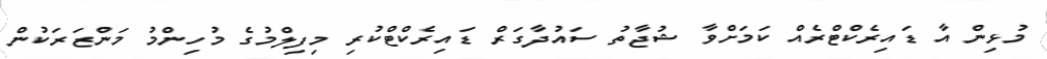
މުޅިން އާ ޑައިރެކްޓްރެއް ކަމަށްވާ ޝުޖާތު ސައުދާގަރް ޑައިރެކްޓްކުރި މިފިލްމުގެ މުހިންމު މަންޒަރަކުން